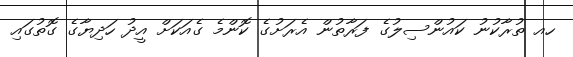
ހއ ތުރާކުނު ކައުންސިލުގެ ފަރާތުން އެރަށުގެ ކޮންމެ ގެއަކަށް އީދު ހަދިޔާގެ ގޮތުގައި